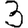
Digit: 3